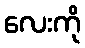
လေးကို